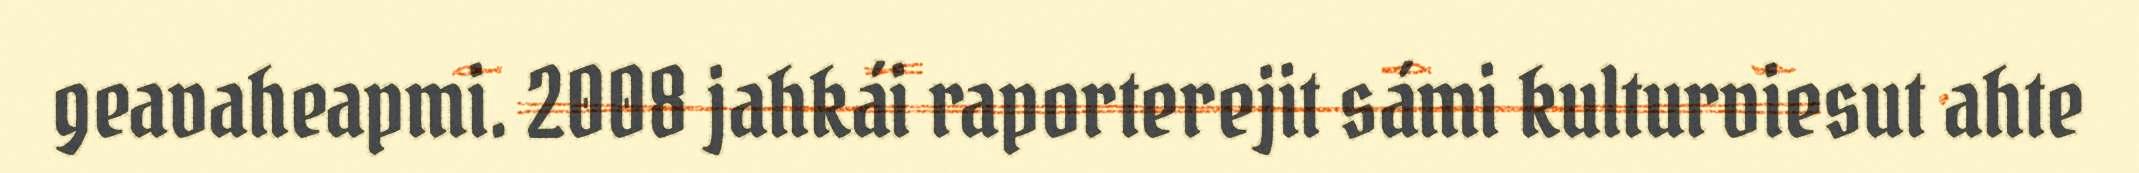
geavaheapmi. 2008 jahkái raporterejit sámi kulturviesut ahte